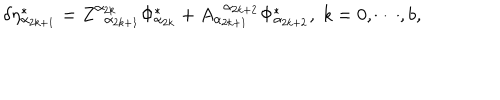
LaTeX: \delta \eta _ { \alpha _ { 2 k + 1 } } ^ { * } = Z _ { \; \; \alpha _ { 2 k + 1 } } ^ { \alpha _ { 2 k } } \Phi _ { \alpha _ { 2 k } } ^ { * } + A _ { \alpha _ { 2 k + 1 } } ^ { \; \; \alpha _ { 2 k + 2 } } \Phi _ { \alpha _ { 2 k + 2 } } ^ { * } , \; k = 0 , \cdots , b ,